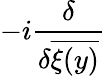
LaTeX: -i\frac{\delta}{\delta\overline{{{\xi(y)}}}}